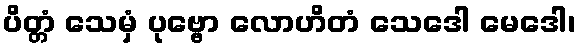
ပိတ္တံ သေမှံ ပုဗ္ဗော လောဟိတံ သေဒေါ မေဒေါ၊